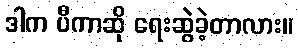
ဒါက ပီကာဆို ရေးဆွဲခဲ့တာလား။